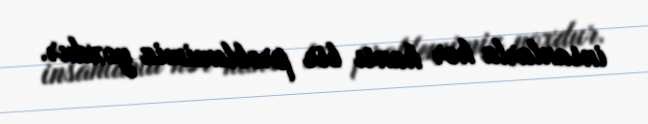
insanlarla hər hansı bir problemimiz yoxdur.